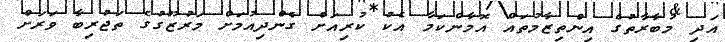
އަދި މުބާރާތުގެ އިންތިޒާމުތައް އޮމާންކަމާ އެކު ކުރިއަށް ގެންދިއުމަށް މަރުޒޫގުގެ ތަޖުރިބާ ވަރަށް